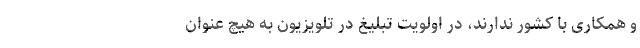
و همکاری با کشور ندارند، در اولویت تبلیغ در تلویزیون به هیچ عنوان